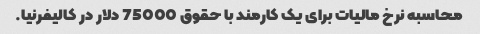
محاسبه نرخ مالیات برای یک کارمند با حقوق 75000 دلار در کالیفرنیا.